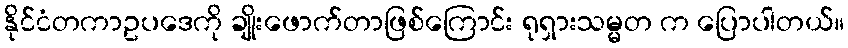
နိုင်ငံတကာဥပဒေကို ချိုးဖောက်တာဖြစ်ကြောင်း ရုရှားသမ္မတ က ပြောပါတယ်။